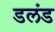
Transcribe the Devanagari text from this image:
डलंड